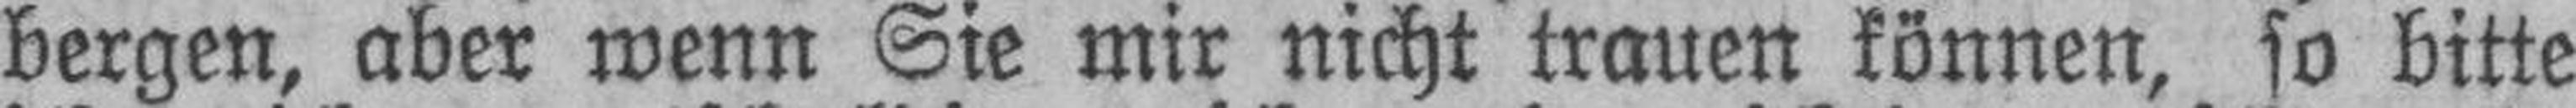
bergen, aber wenn Sie mir nicht trauen können, so bitte